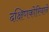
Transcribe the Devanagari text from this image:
दक्षिणकोरियाने